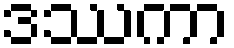
ဒဿကာ